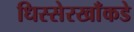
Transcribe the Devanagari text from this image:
धिस्सेरखाँकडे